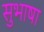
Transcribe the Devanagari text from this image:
सुभाषा